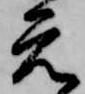
元